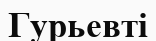
Гурьевті